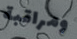
ومراقبة